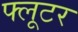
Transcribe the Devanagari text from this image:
फ्लूटर